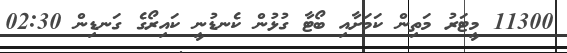
11300 މީޓަރު މަތިން ކަމަށާއި ބޯޓާ ގުޅުން ކެނޑުނީ ކައިރޯގެ ގަނޑިން 02:30